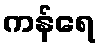
ကန်ရေ